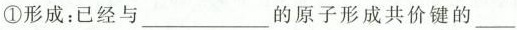
①形成：已经与___的原子形成共价键的___